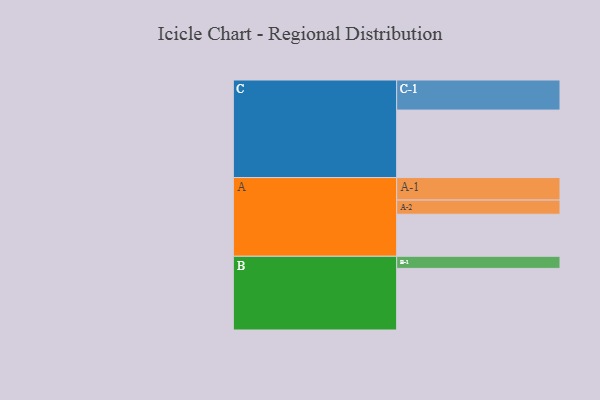
{"axis": {"x": "Segment", "y": "Value"}, "legend": ["", "A", "B", "C"], "data": [{"x": "A", "y": 351, "type": ""}, {"x": "B", "y": 514, "type": ""}, {"x": "C", "y": 563, "type": ""}, {"x": "A-1", "y": 188, "type": "A"}, {"x": "A-2", "y": 118, "type": "A"}, {"x": "B-1", "y": 101, "type": "B"}, {"x": "C-1", "y": 251, "type": "C"}]}